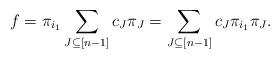
LaTeX: \begin{align*} f = \pi_{i_1} \sum_{J\subseteq[n-1]} c_{J} \pi_J = \sum_{J\subseteq[n-1]} c_{J} \pi_{i_1} \pi_J .\end{align*}